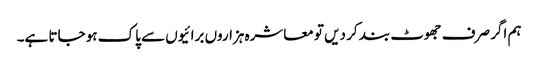
ہم اگر صرف جھوٹ بند کر دیں تو معاشرہ ہزاروں برائیوں سے پاک ہو جاتا ہے۔